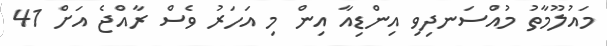
މައުލޫމާތު މުއްސަނދިވި އިންޑިއާ އިން މި އަހަރު ވެސް ރާއްޖެ އަށް 41